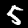
Label: 5